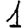
Digit: 1